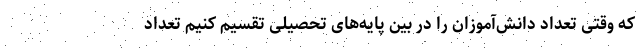
که وقتی تعداد دانش‌آموزان را در بین پایه‌های تحصیلی تقسیم کنیم تعداد